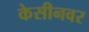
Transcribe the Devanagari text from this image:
केसीनवर